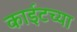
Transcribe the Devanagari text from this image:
काईटच्या